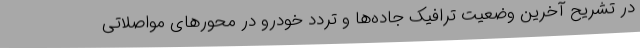
در تشریح آخرین وضعیت ترافیک جاده‌ها و تردد خودرو در محورهای مواصلاتی